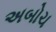
અબોચ